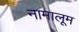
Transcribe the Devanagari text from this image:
नामालूम